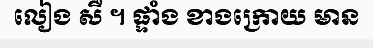
លៀង សឺ ។ ផ្ទាំង ខាងក្រោយ មាន